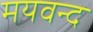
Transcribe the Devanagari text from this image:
मयवन्द